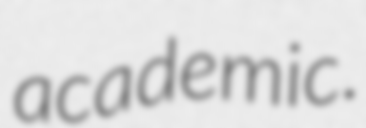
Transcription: academic.